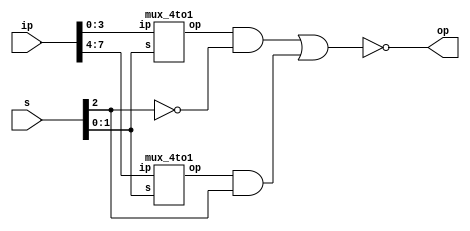
module mux_8to1(op, ip, s);
input [7:0] ip;
input [2:0] s;
output op;
wire w1, w2, w3, w4, w5;
mux_4to1 a(w1, ip[3:0], s[1:0]);
mux_4to1 b(w2, ip[7:4], s[1:0]);
not n(w3, s[2]);
and an1(w4, w1, w3);
and an2(w5, w2, s[2]);
nor n1(op, w4, w5);
endmodule


module mux_4to1(op, ip, s);
output reg op;
input[3:0] ip;
input [1:0] s;
always @(*)
begin
	case(s)
		2'b00 : op=ip[0];
		2'b01 : op=ip[1];
		2'b10 : op=ip[2];
		2'b11 : op=ip[3];
	endcase
end
endmodule